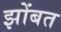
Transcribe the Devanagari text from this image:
झोंबत